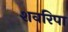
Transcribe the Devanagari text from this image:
शवरिपा